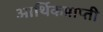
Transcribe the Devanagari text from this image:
आर्थिकप्राप्ती